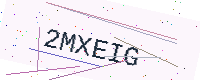
Text: 2MXEIG